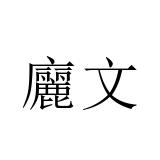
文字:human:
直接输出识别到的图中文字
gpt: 廲文